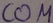
Text: COM